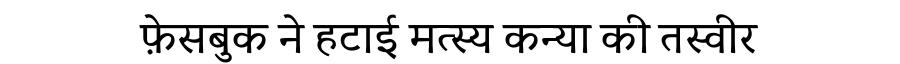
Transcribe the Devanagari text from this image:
फ़ेसबुक ने हटाई मत्स्य कन्या की तस्वीर